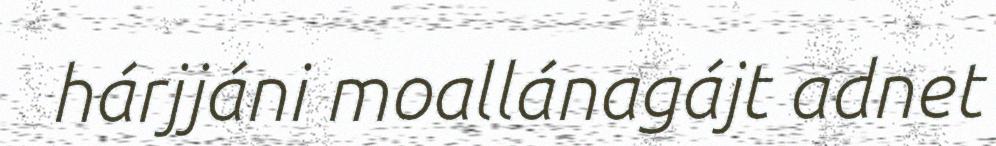
hárjjáni moallánagájt adnet